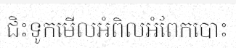
ជិះទូកមើលអំពិលអំពែកបោះ